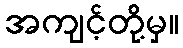
အကျင့်တို့မှ။